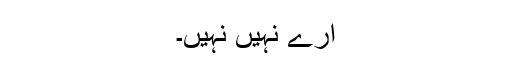
ارے نہیں نہیں۔